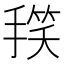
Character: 𭡻